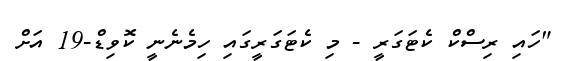
"ހައި ރިސްކް ކެޓަގަރީ - މި ކެޓަގަރީގައި ހިމެނެނީ ކޮވިޑް-19 އަށްް